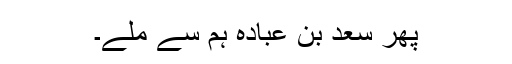
پھر سعد بن عبادہؓ ہم سے ملے۔